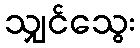
သျှင်သွေး